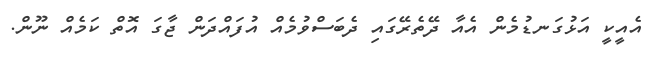
އެއީކީ އަޅުގަނޑުމެން އެއާ ދޭތެރޭގައި ދެބަސްވުމެއް އުފައްދަން ޖާގަ އޮތް ކަމެއް ނޫން.